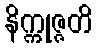
နိက္ကုဇ္ဇတိ